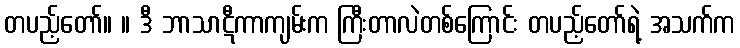
တပည့်တော်။ ။ ဒီ ဘာသာဋီကာကျမ်းက ကြီးတာလဲတစ်ကြောင်း တပည့်တော်ရဲ့ အသက်က